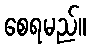
စေရမည်။